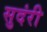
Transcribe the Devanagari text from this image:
सुदंरी